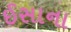
ઈસાના